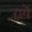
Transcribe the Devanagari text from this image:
रागें